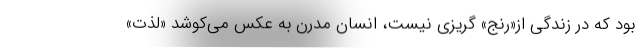
بود که در زندگی از«رنج» گریزی نیست، انسان مدرن به عکس می‌کوشد «لذت»